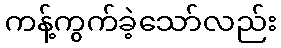
ကန့်ကွက်ခဲ့သော်လည်း